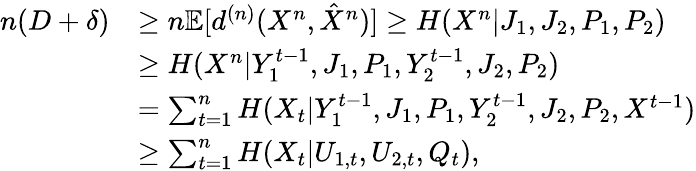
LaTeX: \begin{array}{rl}{n(D+\delta)}&{\ge{n}\mathbb{E}[d^{(n)}(X^{n},\hat{X}^{n})]\ge H(X^{n}|J_{1},J_{2},P_{1},P_{2})}\\ &{\ge H(X^{n}|Y_{1}^{t-1},J_{1},{P_{1}},Y_{2}^{t-1},J_{2},P_{2})}\\ &{=\sum_{t=1}^{n}H(X_{t}|Y_{1}^{t-1},J_{1},{P_{1}},Y_{2}^{t-1},J_{2},P_{2},X^{t-1})}\\ &{\ge\sum_{t=1}^{n}H(X_{t}|U_{1,t},U_{2,t},Q_{t}),}\end{array}